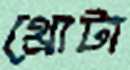
থ্রোটা